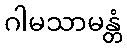
ဂါမသာမန္တံ